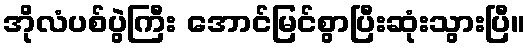
အိုလံပစ်ပွဲကြီး အောင်မြင်စွာပြီးဆုံးသွားပြီ။